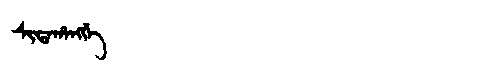
Manchu: ᠰᡳᡨᠠᡥᠠᠩᡤᡝ
Romanization: SITAHANGGE